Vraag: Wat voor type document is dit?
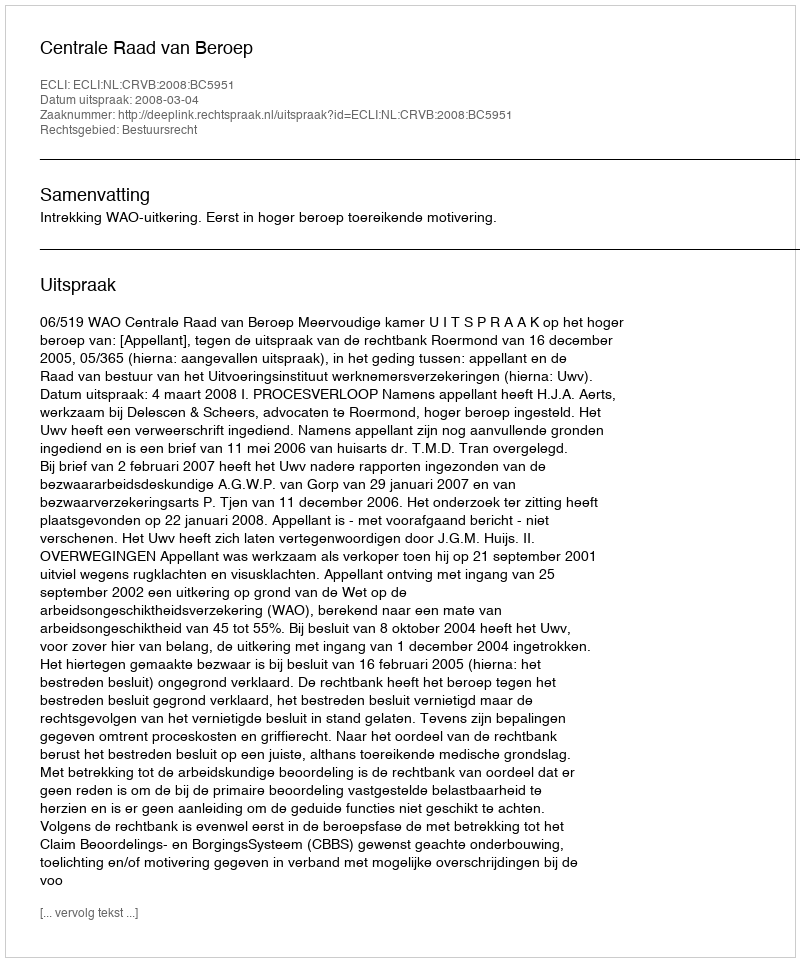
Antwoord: Uitspraak